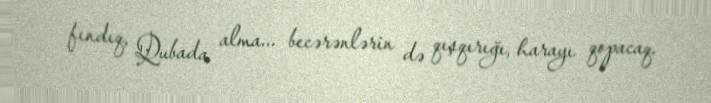
fındıq, Qubada alma... becərənlərin də qışqırığı, harayı qopacaq.